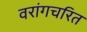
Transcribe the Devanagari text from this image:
वरांगचरित